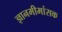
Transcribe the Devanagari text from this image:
ज्ञानमीमांसक